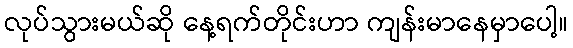
လုပ်သွားမယ်ဆို နေ့ရက်တိုင်းဟာ ကျန်းမာနေမှာပေါ့။